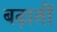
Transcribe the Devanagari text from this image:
बढ़ातीं